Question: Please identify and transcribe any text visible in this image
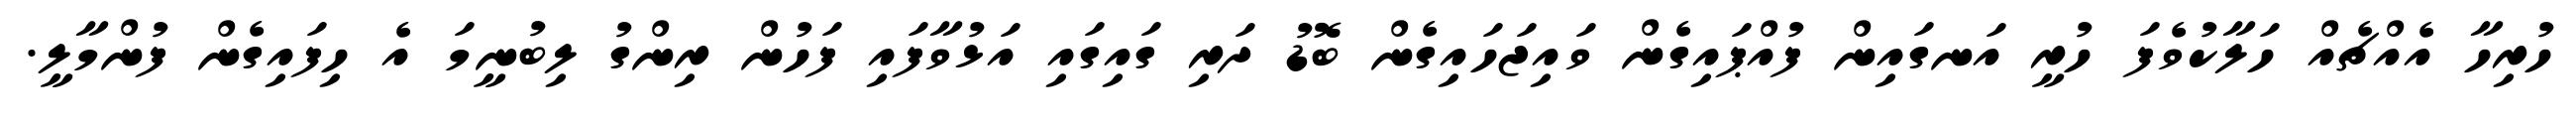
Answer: ހުރިހާ އެއްޗެއް ހަލާކުވެފަ ހުރީ އަނގައިން ފުއްޕައިގެން ވައިޖަހައިގެން ބޮޑު ދަރި ގައިގައި އަޅުވާފައި ފަހުން ރިންގު ލިބުނީމަ އެ ހިފައިގެން ފުންމާލީ.